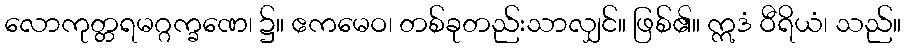
လောကုတ္တရမဂ္ဂက္ခဏေ၊ ၌။ ဧကမေဝ၊ တစ်ခုတည်းသာလျှင်။ ဖြစ်၏။ ဣဒံ ဝီရိယံ၊ သည်။